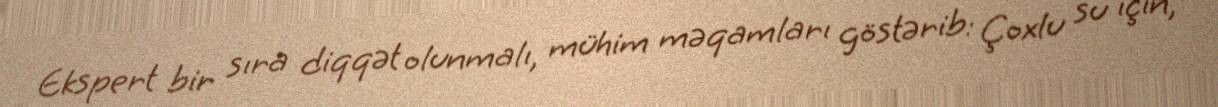
Ekspert bir sıra diqqət olunmalı, mühim məqamları göstərib: Çoxlu su için,